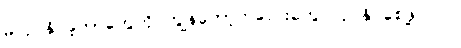
မလုပ်နိုင်ခဲ့တာတွေကို ကျွန်တော့်ကလေးတွေ လုပ်နိုင်စေဖို့ ပါပဲ။